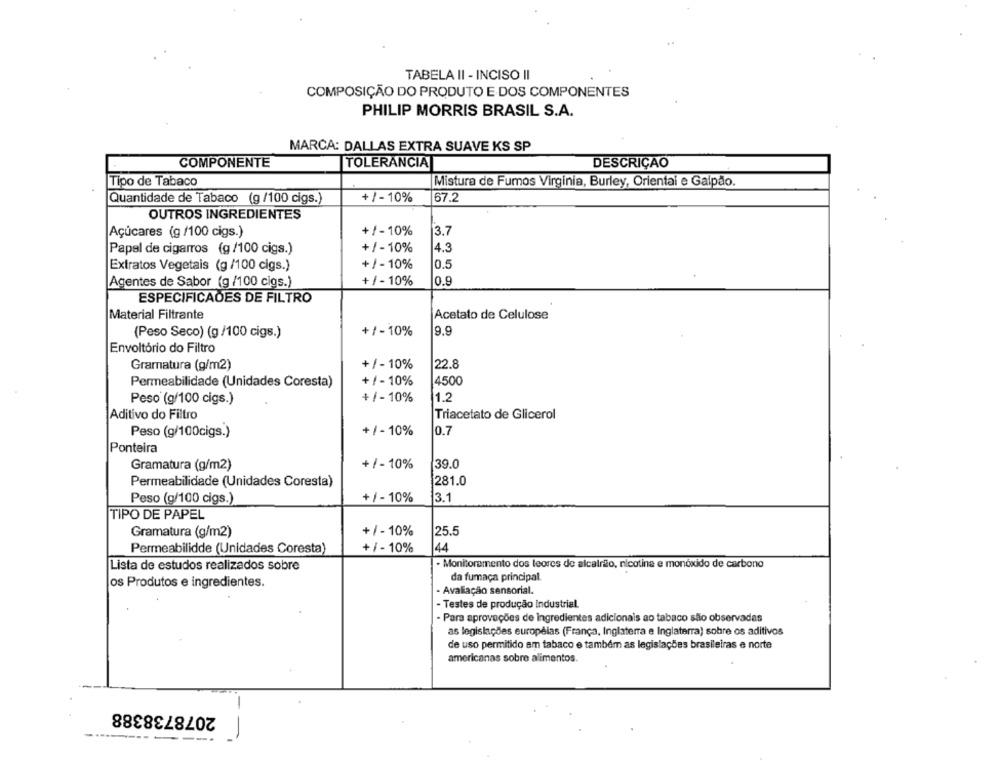
TABELA II - INCISO II
COMPOSIÇÃO DO PRODUTO E DOS COMPONENTES
PHILIP MORRIS BRASIL S.A.
MARCA: DALLAS EXTRA SUAVE KS SP
COMPONENTE
TOLERANCIA
DESCRIÇÃO
Tipo de Tabaco
Mistura de Fumos Virginia, Burley, Orientai e Galpão.
+ /- 10%
67.2
Quantidade de Tabaco (g /100 cigs.)
OUTROS INGREDIENTES
Açúcares (g /100 cigs.)
+/-10%
3.7
Papel de cigarros (g/100 cigs.)
+/-10%
4.3
Extratos Vegetais (g /100 cigs.)
+/-10%
0.5
+ / - 10%
Agentes de Sabor (g /100 cigs.)
0.9
ESPECIFICADES DE FILTRO
Material Filtrante
Acetato de Celulose
(Peso Seco) (g /100 cigs.)
+/-10%
9.9
Envoltório do Filtro
Gramatura (g/m2)
+ / - 10%
22.8
+/-10%
Permeabilidade (Unidades Coresta)
4500
Peso (g/100 cigs.)
+ / -10%
1.2
Aditivo do Filtro
Triacetato de Glicerol
Peso (g/100cigs.)
+ / - 10%
0.7
Ponteira
+ /- 10%
39.0
Gramatura (g/m2)
Permeabilidade (Unidades Coresta)
281.0
Peso (g/100 cigs.)
+ / - 10%
3.1
TIPO DE PAPEL
+ / - 10%
25.5
Gramatura (g/m2)
Permeabilidde (Unidades Coresta)
+ / - 10%
44
· Monitoramento dos leores de alcatrão, nicotina e monóxido de carbono
Lista de estudos realizados sobre
da fumaça principal.
os Produtos e ingredientes.
- Avaliação sensorial.
- Testes de produção industrial.
· Para aprovações de ingredientes adicionais ao tabaco são observadas
as legislações européias (França, Inglaterra e Inglaterra) sobre os aditivos
de uso permitido am tabaco e também as legislações brasileiras e norte
americanas sobre alimentos.
2078738388
--.
--